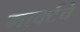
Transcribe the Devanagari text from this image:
मार्क्टचे